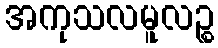
အကုသလမူလဉ္စ